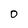
Character: 0